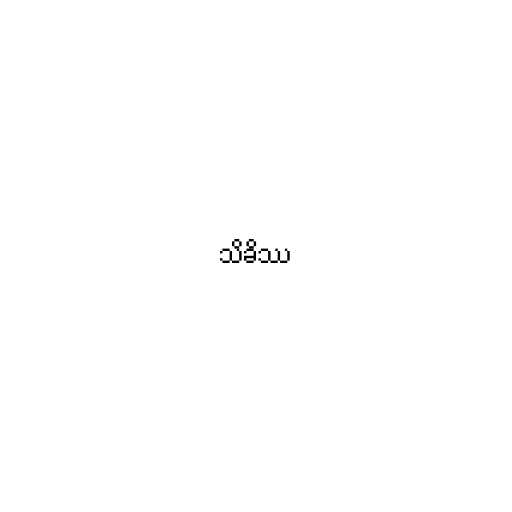
သိခိဿ